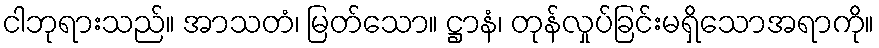
ငါဘုရားသည်။ အာသတံ၊ မြတ်သော။ ဋ္ဌာနံ၊ တုန်လှုပ်ခြင်းမရှိသောအရာကို။